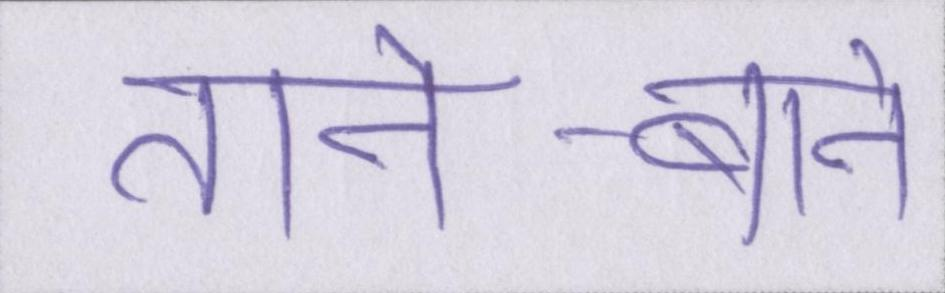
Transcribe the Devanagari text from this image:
ताने-बाने